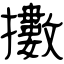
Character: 擻